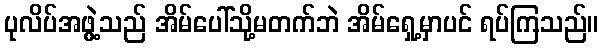
ပုလိပ်အဖွဲ့သည် အိမ်ပေါ်သို့မတက်ဘဲ အိမ်ရှေ့မှာပင် ရပ်ကြသည်။